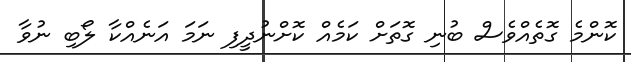
ކޮންމެ ގޮތެއްވެސް ބުނި ގޮތަށް ކަމެއް ކޮށްނުދީފި ނަމަ އަނެއްކާ ލޯބި ނުވާ